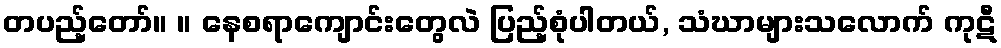
တပည့်တော်။ ။ နေစရာကျောင်းတွေလဲ ပြည့်စုံပါတယ်, သံဃာများသလောက် ကုဋီ